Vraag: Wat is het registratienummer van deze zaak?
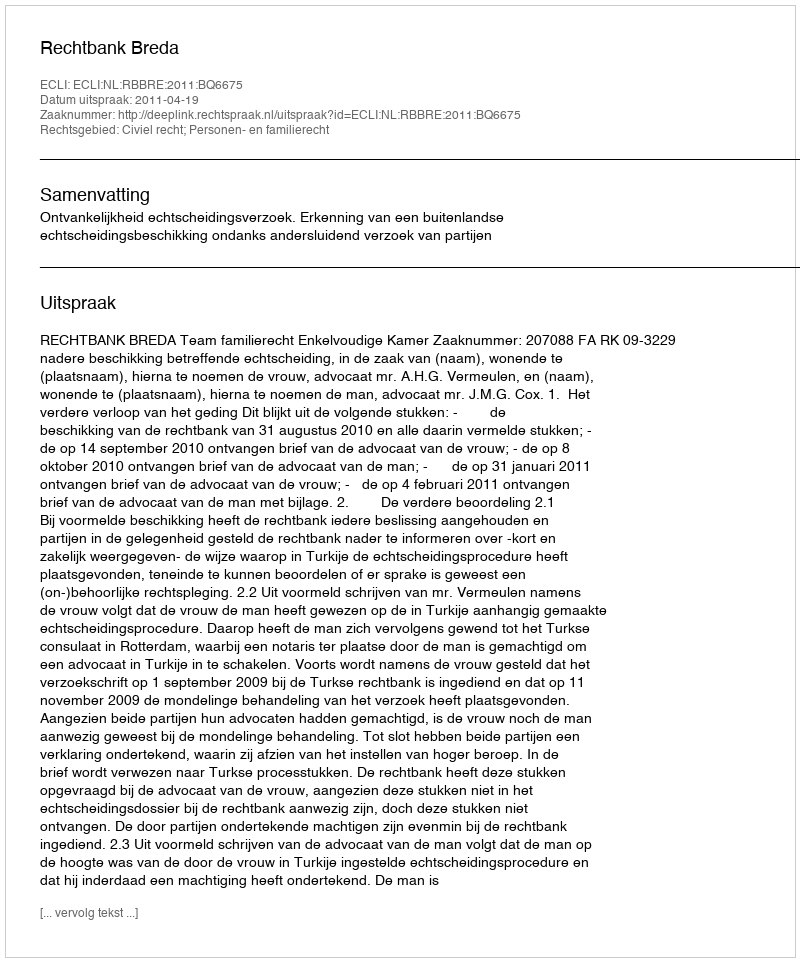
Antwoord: http://deeplink.rechtspraak.nl/uitspraak?id=ECLI:NL:RBBRE:2011:BQ6675